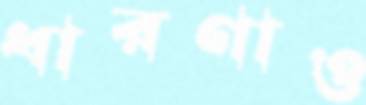
ধারণাও